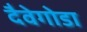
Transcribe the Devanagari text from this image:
दैवेगोडा